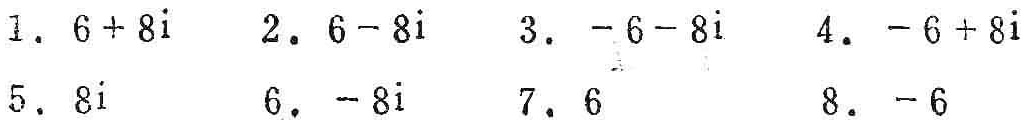
1. \(6 + 8i\)  2. \(6 - 8i\)  3. \(-6 - 8i\)  4. \(-6 + 8i\)
5. \(8i\)  6. \(-8i\)  7. \(6\)  8. \(-6\)